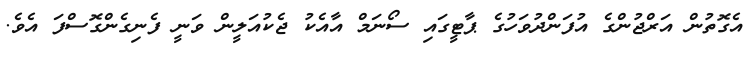
އެގޮތުން އަރްޖުންގެ އުފަންދުވަހުގެ ޕާޓީގައި ސޯނަމް އާއެކު ޖެކުއަލީން ވަނީ ފެނިގެންގޮސްފަ އެވެ.